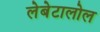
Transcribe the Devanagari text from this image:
लेबेटालोल